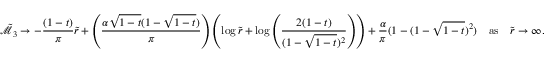
\tilde { \mathcal { M } } _ { 3 } \rightarrow - \frac { ( 1 - t ) } { \pi } \tilde { r } + \left( \frac { \alpha \sqrt { 1 - t } ( 1 - \sqrt { 1 - t } ) } { \pi } \right) \left( \log { \tilde { r } } + \log \left( \frac { 2 ( 1 - t ) } { ( 1 - \sqrt { 1 - t } ) ^ { 2 } } \right) \right) + \frac { \alpha } { \pi } ( 1 - ( 1 - \sqrt { 1 - t } ) ^ { 2 } ) \quad \mathrm { a s } \quad \tilde { r } \rightarrow \infty .